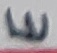
Text: E